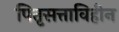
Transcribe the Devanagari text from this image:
पितृसत्ताविहीन